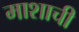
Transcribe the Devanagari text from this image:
माशाची